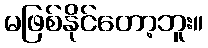
မဖြစ်နိုင်တော့ဘူး။